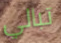
تبالي